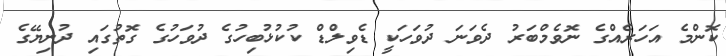
ކޮންމެ އަހަރެއްގެ ނޮވެމްބަރު ދެވަނަ ދުވަހަކީ ޑެވިލްޑް ކުކުޅުބިހުގެ ދުވަހުގެ ގޮތުގައި ދުނިޔޭގެ